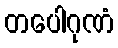
တပေါဂုဏံ